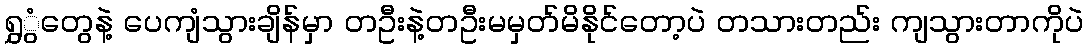
ရွှွံတွေနဲ့ ပေကျံသွားချိန်မှာ တဦးနဲ့တဦးမမှတ်မိနိုင်တော့ပဲ တသားတည်း ကျသွားတာကိုပဲ